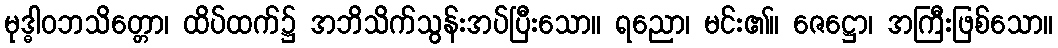
မုဒ္ဓါဝဘသိတ္တော၊ ထိပ်ထက်၌ အဘိသိက်သွန်းအပ်ပြီးသော။ ရညော၊ မင်း၏။ ဇေဋ္ဌော၊ အကြီးဖြစ်သော။